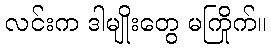
လင်းက ဒါမျိုးတွေ မကြိုက်။